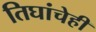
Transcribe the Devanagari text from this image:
तिघांचेही